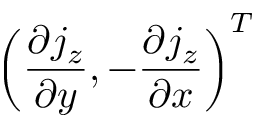
\left( \frac { \partial j _ { z } } { \partial y } , - \frac { \partial j _ { z } } { \partial x } \right) ^ { T }